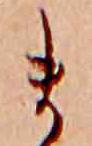
ま